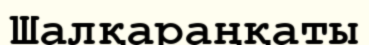
Шалқараңқаты